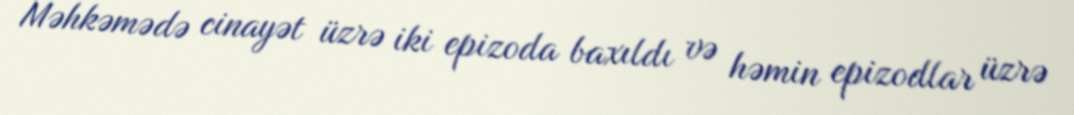
Məhkəmədə cinayət üzrə iki epizoda baxıldı və həmin epizodlar üzrə